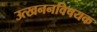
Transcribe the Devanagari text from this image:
उत्खननविषयक